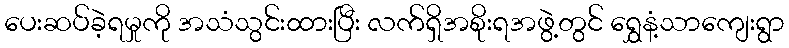
ပေးဆပ်ခဲ့ရမှုကို အသံသွင်းထားပြီး လက်ရှိအစိုးရအဖွဲ့တွင် ရွှေနံ့သာကျေးရွာ